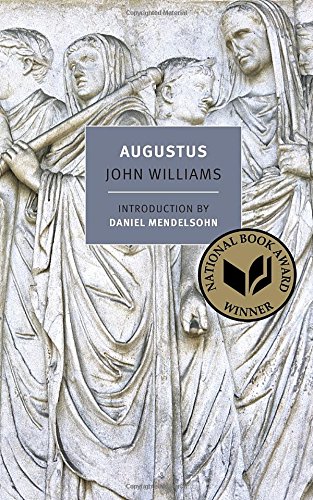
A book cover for Augustus (New York Review Books Classics); John Williams; Literature & Fiction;